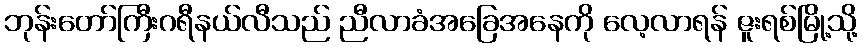
ဘုန်းတော်ကြီးဂရီနယ်လီသည် ညီလာခံအခြေအနေကို လေ့လာရန် ဇူးရစ်မြို့သို့